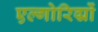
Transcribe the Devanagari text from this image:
एल्गोरिद्मों